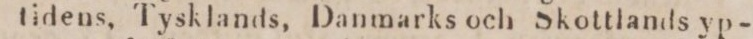
tidens, Tysklands, Danmarks och Skottlands yp-